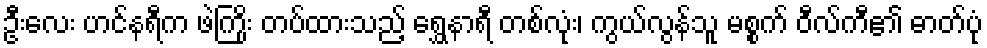
ဦးလေး ဟင်နရီက ဖဲကြိုး တပ်ထားသည့် ရွှေနာရီ တစ်လုံး၊ ကွယ်လွန်သူ မစ္စက် ဝီလ်ကီ၏ ဓာတ်ပုံ